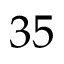
3 5